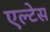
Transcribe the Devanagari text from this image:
एल्टेस